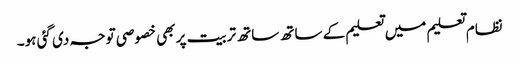
نظام تعلیم میں تعلیم کے ساتھ ساتھ تربیت پر بھی خصوصی توجہ دی گئی ہو۔